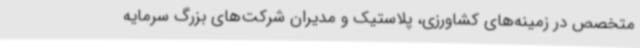
متخصص در زمینه‌های کشاورزی، پلاستیک و مدیران شرکت‌های بزرگ سرمایه